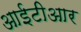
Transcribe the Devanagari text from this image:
आईटीआर